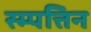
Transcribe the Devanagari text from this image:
स्म्पत्तिन